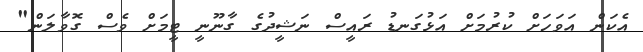
އެކަން އަވަހަށް ކުރުމަށް އަޅުގަނޑު ރައީސް ނަޝީދުގެ ގާނޫނީ ޓީމަށް ވެސް ގޮވާލަން"